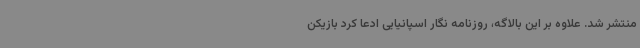
منتشر شد. علاوه بر این بالاگه، روزنامه نگار اسپانیایی ادعا کرد بازیکن